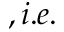
, i . e .